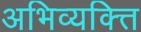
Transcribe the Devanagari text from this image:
अभिव्यक्त्ति